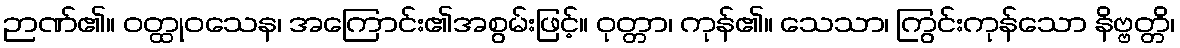
ဉာဏ်၏။ ဝတ္ထုဝသေန၊ အကြောင်း၏အစွမ်းဖြင့်။ ဝုတ္တာ၊ ကုန်၏။ သေသာ၊ ကြွင်းကုန်သော နိဗ္ဗတ္တိ၊